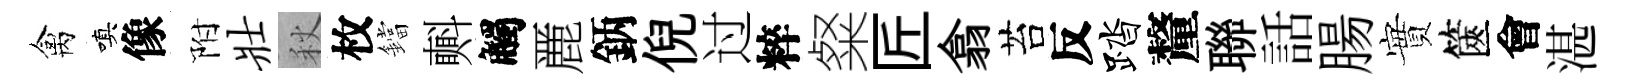
禽嗔像附壮秋枚鐺㪺觸䴡鈵倪过粹粲匠翕苔反踏釐聯話腸實篋會湛